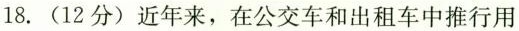
18. (12分) 近年来，在公交车和出租车中推行用